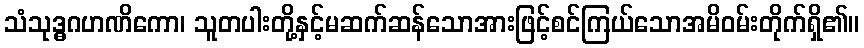
သံသုဒ္ဓဂဟဏိကော၊ သူတပါးတို့နှင့်မဆက်ဆန်သောအားဖြင့်စင်ကြယ်သောအမိဝမ်းတိုက်ရှိ၏။